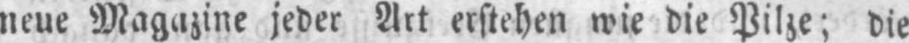
neue Magazine jeder Art erstehen wie die Pilze; die